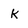
Character: k